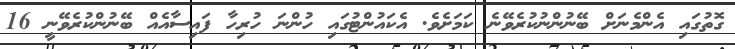
ގޮތުގައި އެންމެނަށް ބޭނުންނުކުރެވޭނެ ކަމަށެވެ. އެކައުންޓުގައި ހުންނަ ހުރިހާ ފައިސާއެއް ބޭނުންކުރެވޭނީ 16